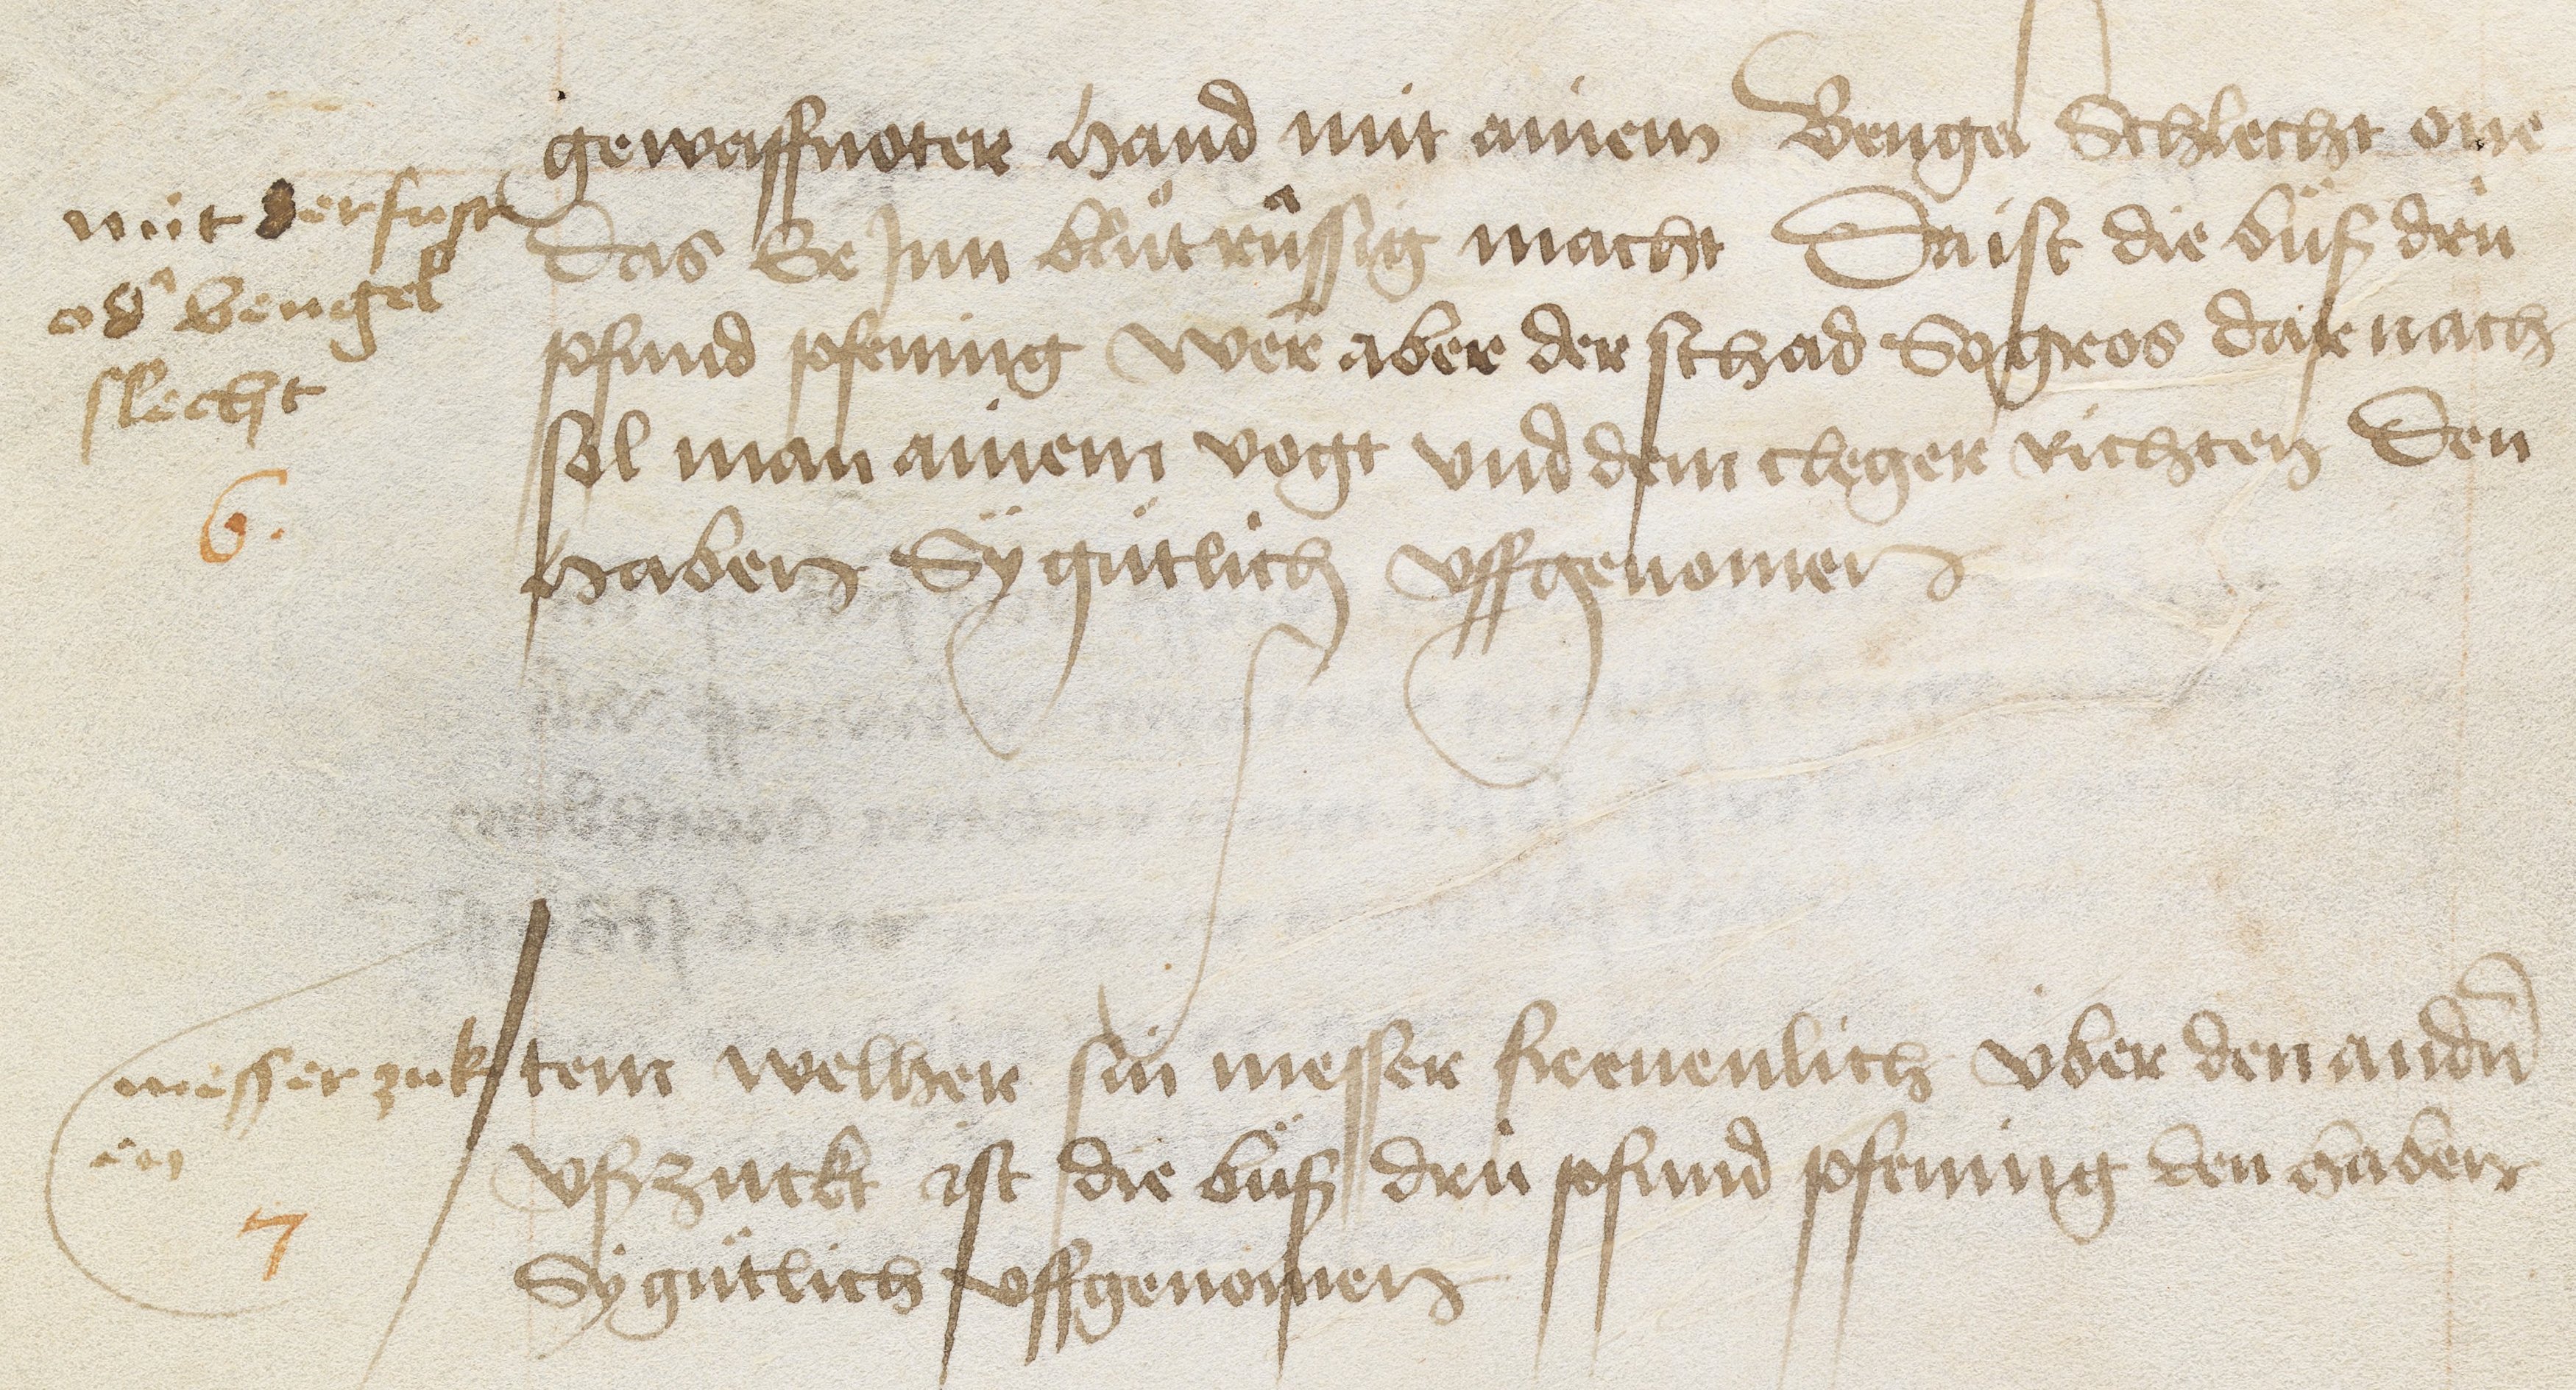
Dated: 1471–1472